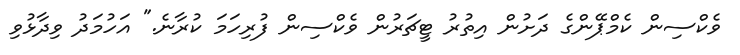
ވެކްސިން ކެމްޕޭންގެ ދަށުން އިތުރު ޓީޗަރުން ވެކްސިން ފުރިހަމަ ކުރާނެ." އަހުމަދު ވިދާޅުވި